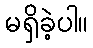
မရှိခဲ့ပါ။